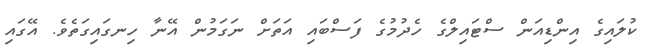
ކުލައިގެ އިންޑިއަން ސްޓައިލްގެ ހެދުމުގެ ފަސްބައި އަތަށް ނަގަމުން އޭނާ ހިނގައިގަތެވެ. އޭގައި